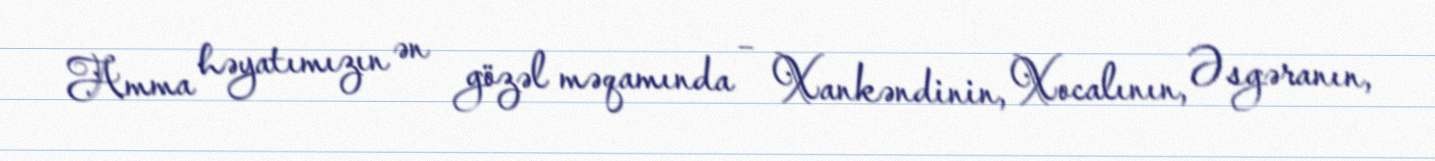
Amma həyatımızın ən gözəl məqamında – Xankəndinin, Xocalının, Əsgəranın,